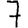
Digit: 7